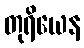
တုရိယေန